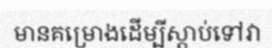
មានគម្រោងដើម្បីស្តាប់ទៅវា